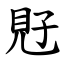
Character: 覎